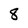
Character: 8